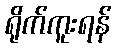
ရိုက်ကူးရန်